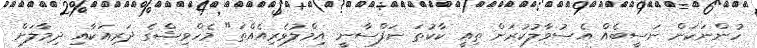
ހުންނަކަން ނަސީބެއް އެސުވާލުކުރަން ތިއީ ކާކުތަ ނަފްސާނީ އިމްލުވެރިއެއްތަ" މެހްވިޝްގެ ދަރިއަކާއި ދިމާލަށް